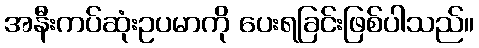
အနီးကပ်ဆုံးဥပမာကို ပေးရခြင်းဖြစ်ပါသည်။